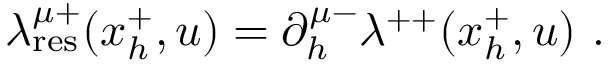
\lambda _ { \mathrm { r e s } } ^ { \mu + } ( x _ { h } ^ { + } , u ) = \partial _ { h } ^ { \mu - } \lambda ^ { + + } ( x _ { h } ^ { + } , u ) \ .